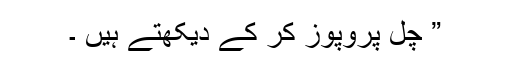
” چل پروپوز کر کے دیکھتے ہیں ۔